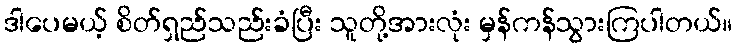
ဒါပေမယ့် စိတ်ရှည်သည်းခံပြီး သူတို့အားလုံး မှန်ကန်သွားကြပါတယ်။